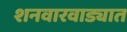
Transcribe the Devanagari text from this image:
शनवारवाड्यात